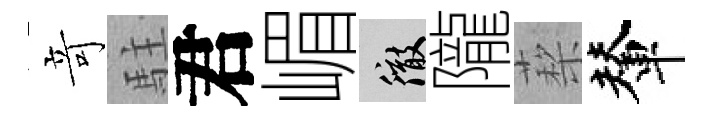
竒駐君嵋徹隴蔾輦